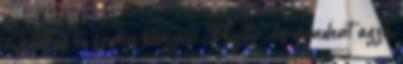
a kedves és fontos könyvei. Pozitív, és mindent azzá